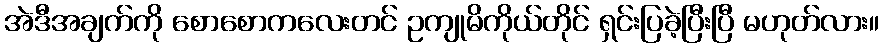
အဲဒီအချက်ကို စောစောကလေးတင် ဥကျုမိကိုယ်တိုင် ရှင်းပြခဲ့ပြီးပြီ မဟုတ်လား။